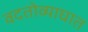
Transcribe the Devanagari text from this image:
वदतोव्याघात